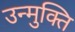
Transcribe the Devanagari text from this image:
उन्मुक्‍ति